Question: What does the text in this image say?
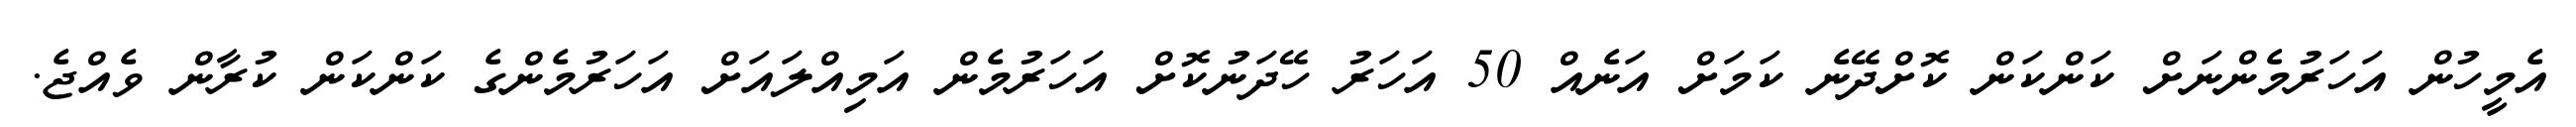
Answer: އެމީހުން އަހަރުމެންނަށް ކަންކަން ކޮށްދޭނެ ކަމަށް އަނެއް 50 އަހަރު ހޭދަނުކޮށް އަހަރުމެން އަމިއްލައަށް އަހަރުމެންގެ ކަންކަން ކުރާން ވެއްޖެ.